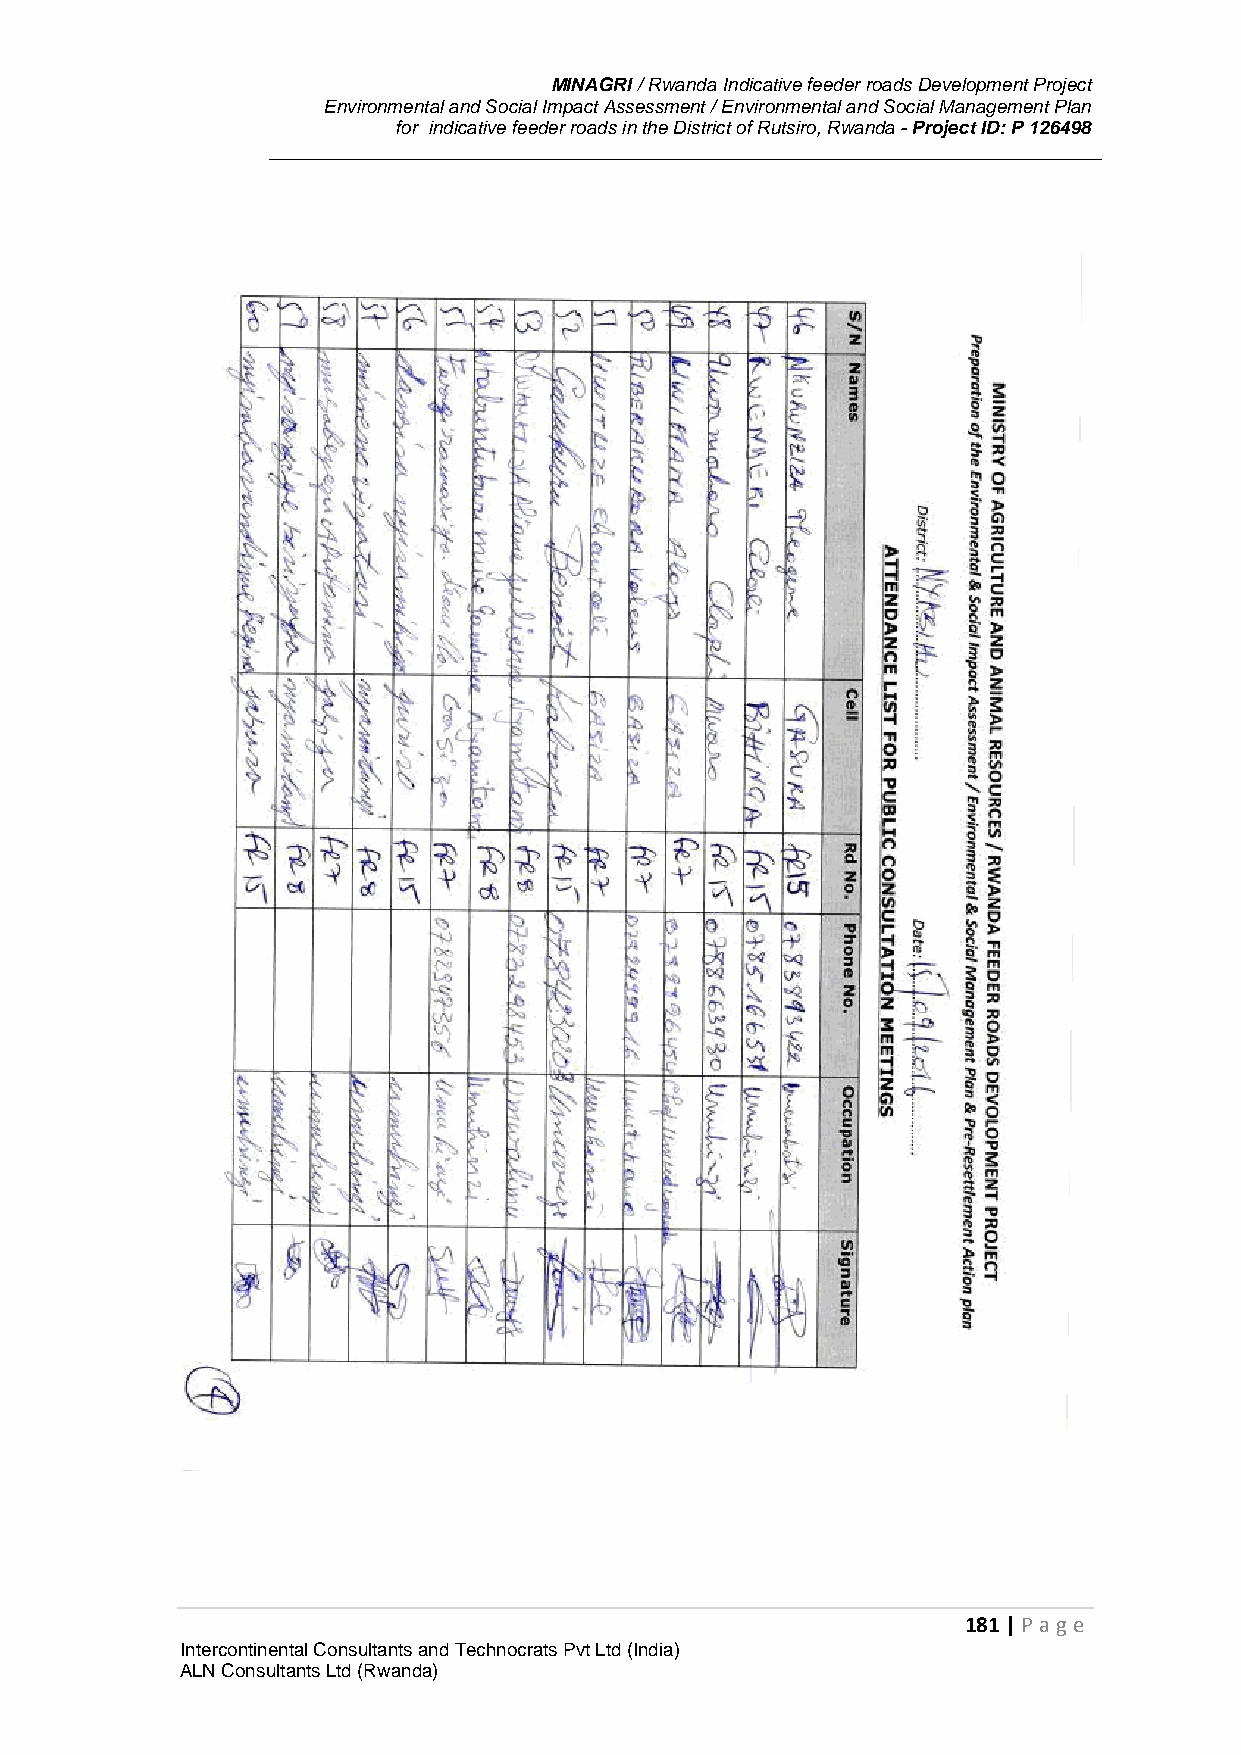
MINAGRI / Rwanda Indicative feeder roads Development Project
 Environmental and Social Impact Assessment / Environmental and Social Management Plan
 for indicative feeder roads in the District of Rutsiro, Rwanda - Project ID: P 126498
 181 | P age
 Intercontinental Consultants and Technocrats Pvt Ltd (India)
 ALN Consultants Ltd (Rwanda)